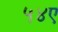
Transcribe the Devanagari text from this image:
५४ए